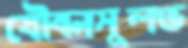
যৌবনসুলভ